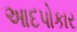
આદપોકાર